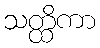
သတ္ထိကာ